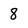
Character: 8